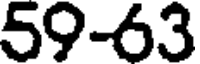
59-63